65_HS1-834228961_62-HQ-83894_Section_10
Agency: FBI
Page 43
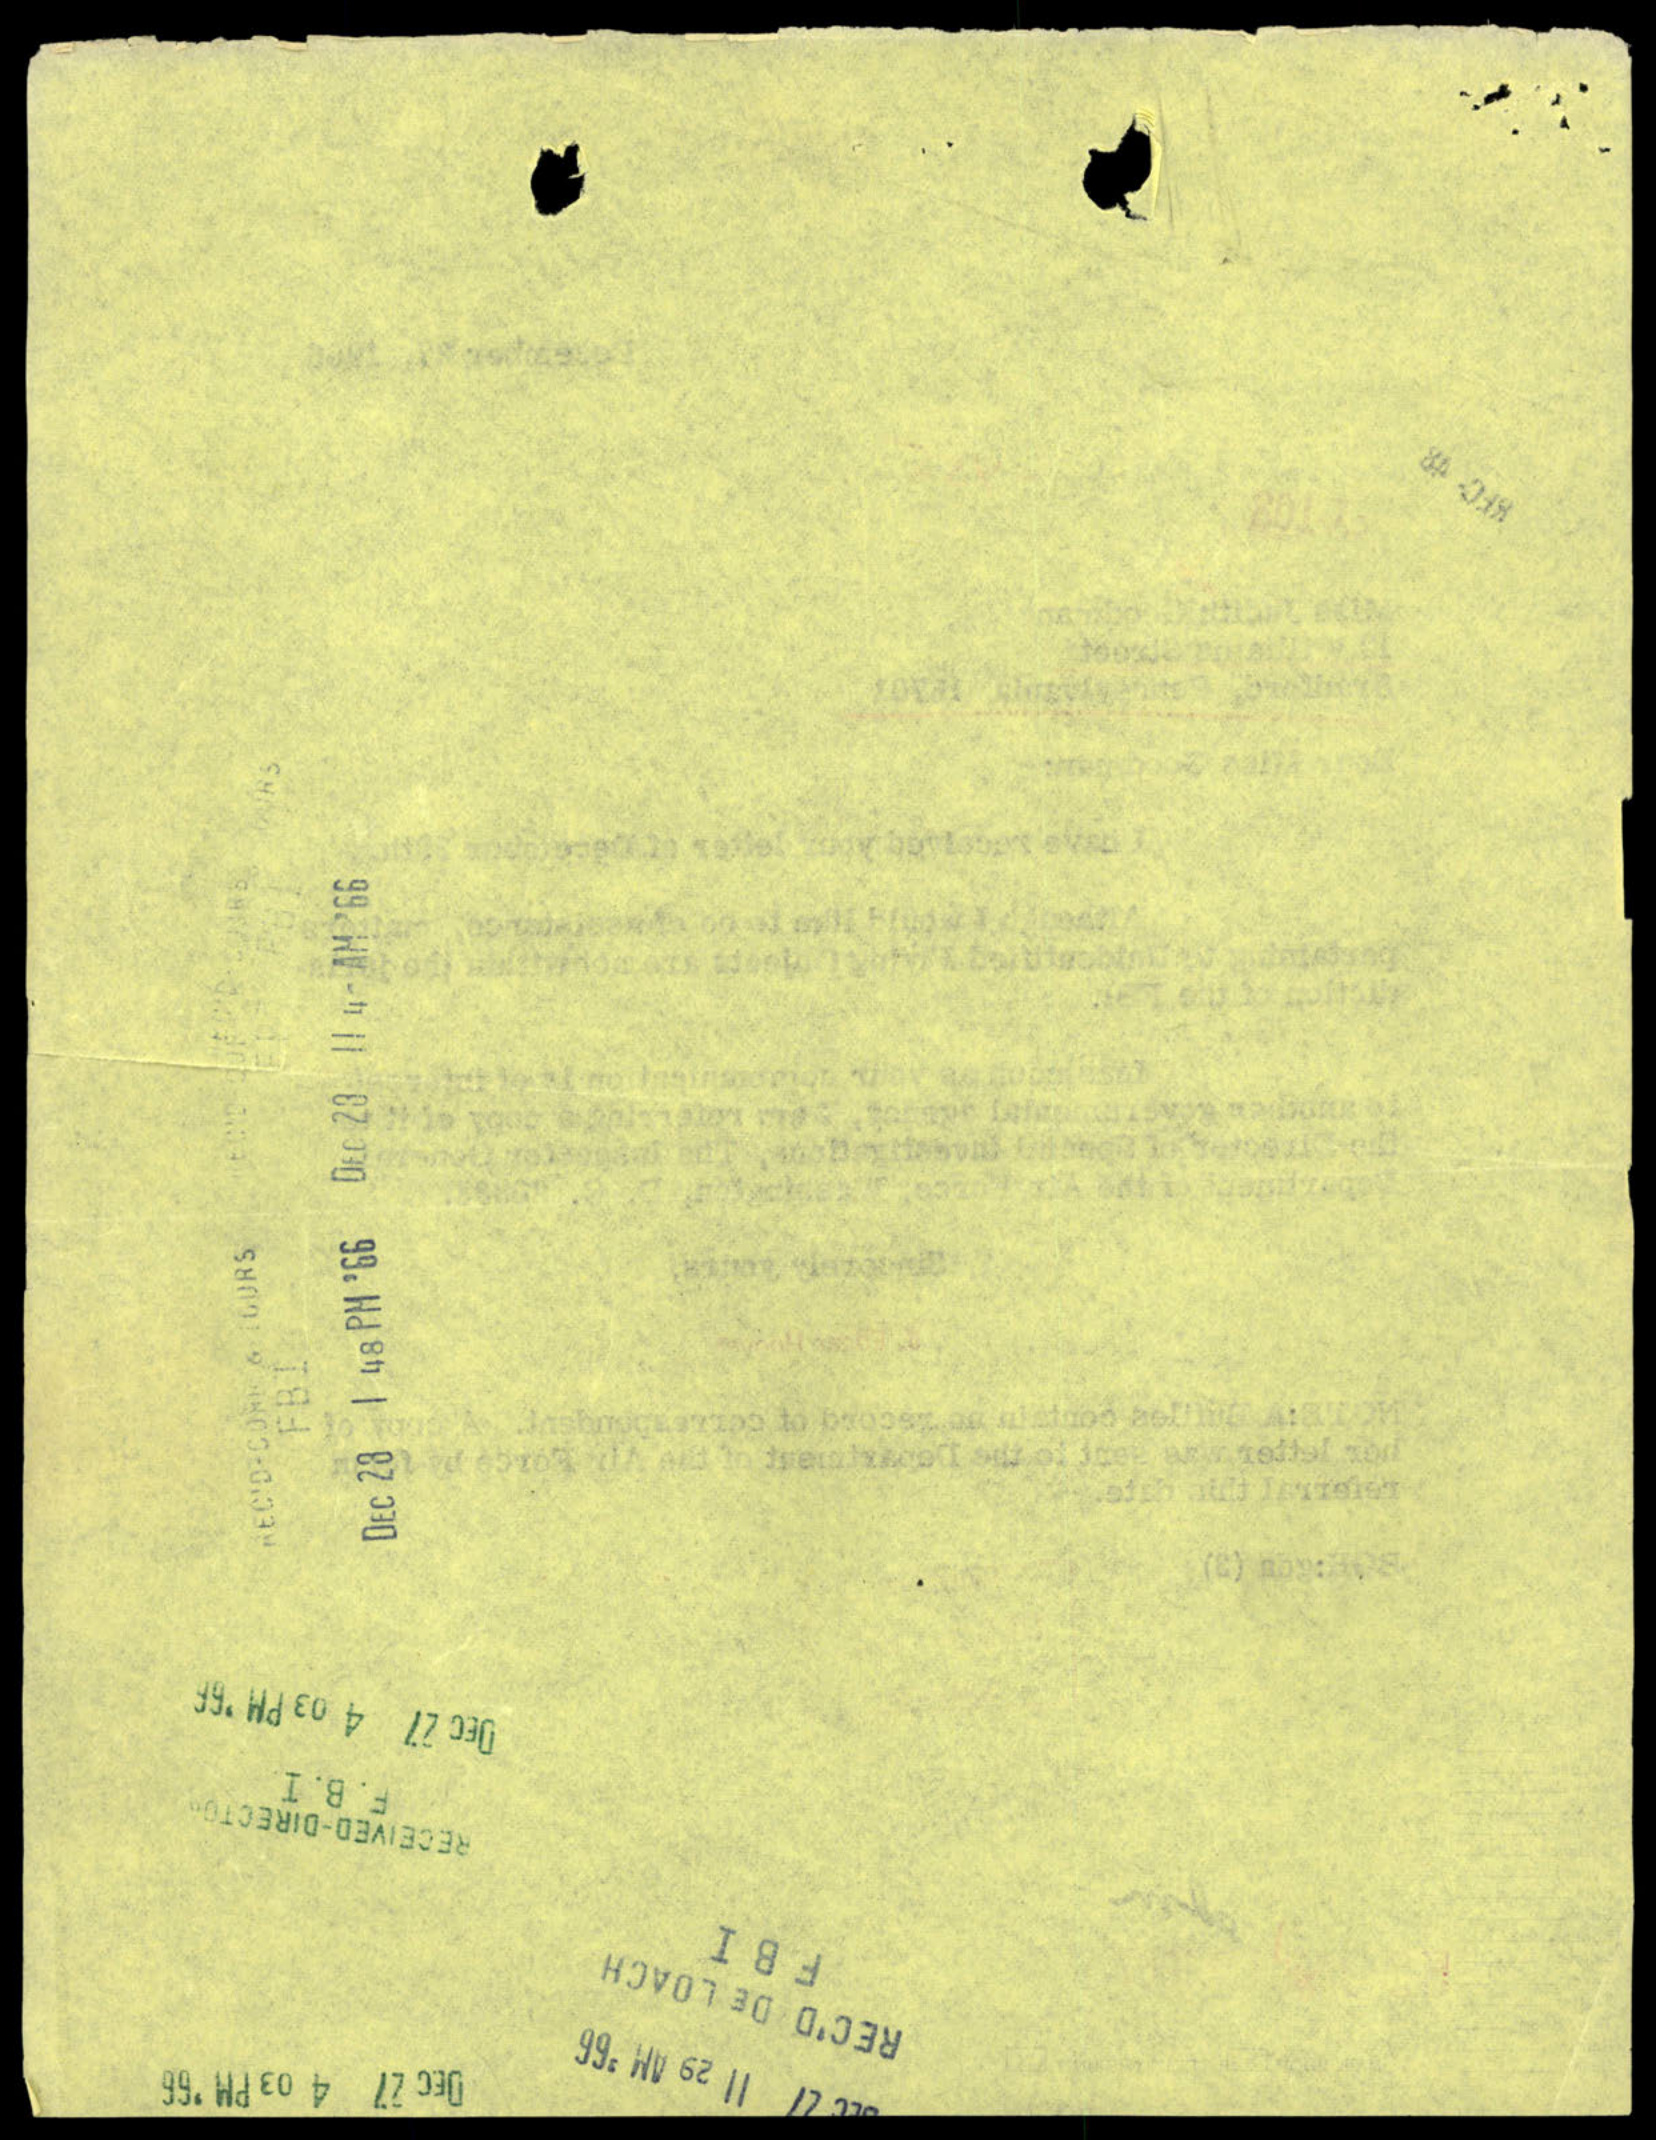